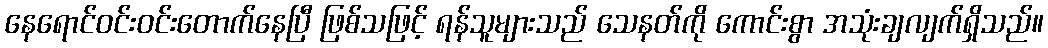
နေရောင်ဝင်းဝင်းတောက်နေပြီ ဖြစ်သဖြင့် ရန်သူများသည် သေနတ်ကို ကောင်းစွာ အသုံးချလျက်ရှိသည်။